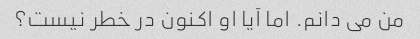
من می دانم. اما آیا او اکنون در خطر نیست؟